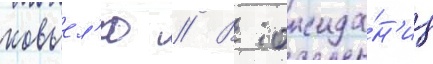
ковьел'ю // В ожида́н'ии